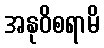
အနုဝိစရာမိ